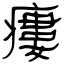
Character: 瘻